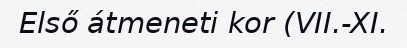
Első átmeneti kor (VII.-XI.